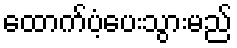
ထောက်ပံ့ပေးသွားမည်